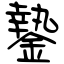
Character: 䥍